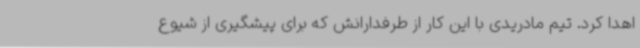
اهدا کرد. تیم مادریدی با این کار از طرفدارانش که برای پیشگیری از شیوع